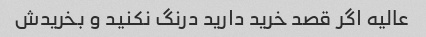
عالیه اگر قصد خرید دارید درنگ نکنید و بخریدش